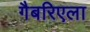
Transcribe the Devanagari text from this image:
गैबरिएला